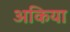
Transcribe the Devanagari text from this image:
अकिया